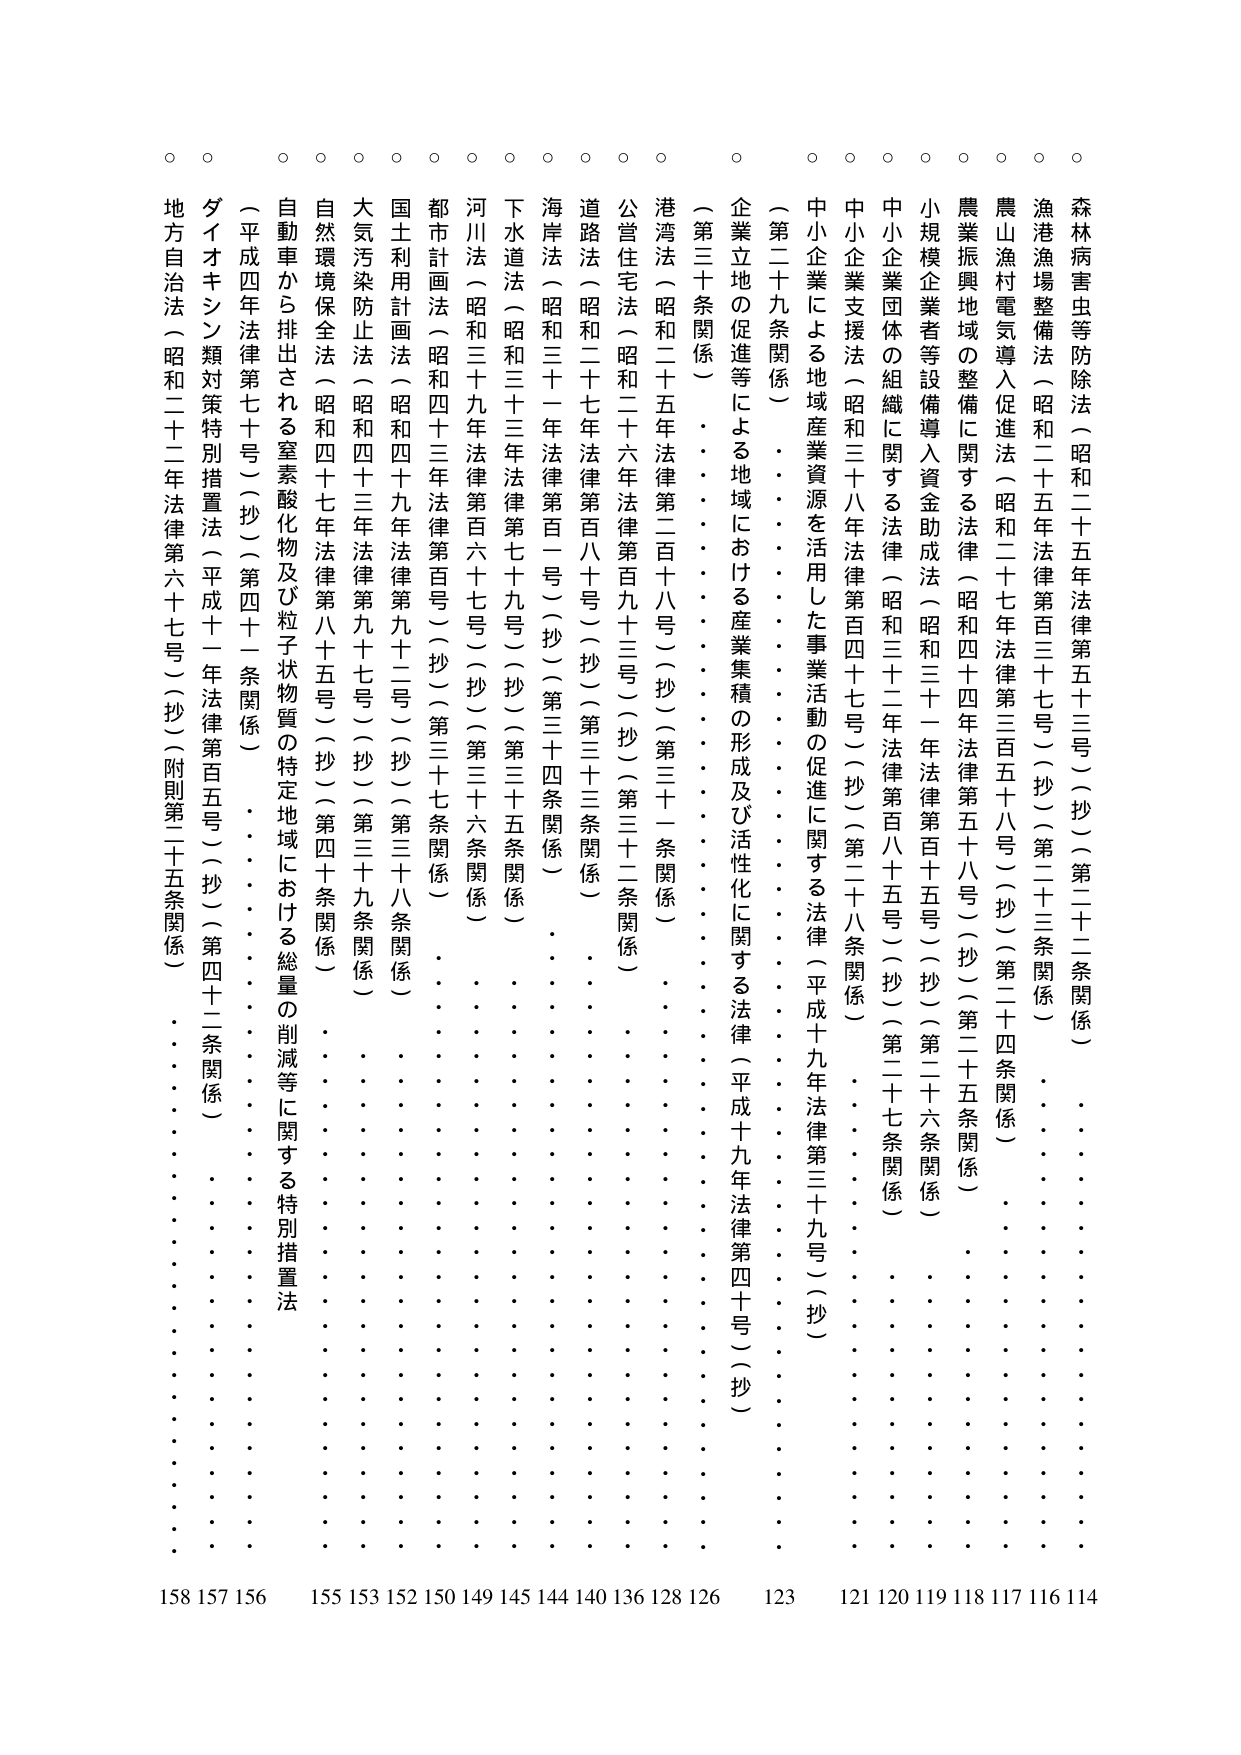
森林病害虫等防除法（昭和二十五年法律第五十三号）（抄）（第二十二条関係）
漁港漁場整備法（昭和二十五年法律第百三十七号）（抄）（第二十三条関係）
農山漁村電気導入促進法（昭和二十七年法律第三百五十八号）（抄）（第二十四条関係）
農業振興地域の整備に関する法律（昭和四十四年法律第五十八号）（抄）（第二十五条関係）
小規模企業者等設備導入資金助成法（昭和三十一年法律第百十五号）（抄）（第二十六条関係）
中小企業団体の組織に関する法律（昭和三十二年法律第百八十五号）（抄）（第二十七条関係）
中小企業支援法（昭和三十八年法律第百四十七号）（抄）（第二十八条関係）
中小企業による地域産業資源を活用した事業活動の促進に関する法律（平成十九年法律第三十九号）（抄）
（第二十九条関係）
企業立地の促進等による地域における産業集積の形成及び活性化に関する法律（平成十九年法律第四十号）（抄）
（第三十条関係）
港湾法（昭和二十五年法律第二百十八号）（抄）（第三十一条関係）
公営住宅法（昭和二十六年法律第百九十三号）（抄）（第三十二条関係）
道路法（昭和二十七年法律第百八十号）（抄）（第三十三条関係）
海岸法（昭和三十一年法律第百一号）（抄）（第三十四条関係）
下水道法（昭和三十三年法律第七十九号）（抄）（第三十五条関係）
河川法（昭和三十九年法律第百六十七号）（抄）（第三十六条関係）
都市計画法（昭和四十三年法律第百号）（抄）（第三十七条関係）
国土利用計画法（昭和四十九年法律第九十二号）（抄）（第三十八条関係）
大気汚染防止法（昭和四十三年法律第九十七号）（抄）（第三十九条関係）
自然環境保全法（昭和四十七年法律第八十五号）（抄）（第四十条関係）
自動車から排出される窒素酸化物及び粒子状物質の特定地域における総量の削減等に関する特別措置法
（平成四年法律第七十号）（抄）（第四十一条関係）
ダイオキシン類対策特別措置法（平成十一年法律第百五号）（抄）（第四十二条関係）
地方自治法（昭和二十二年法律第六十七号）（抄）（附則第二十五条関係）

158 157 156 155 153 152 150 149 145 144 140 136 128 126 123 121 120 119 118 117 116 114